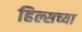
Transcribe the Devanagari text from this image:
हिल्सच्या